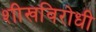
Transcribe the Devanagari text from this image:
शीखविरोधी